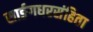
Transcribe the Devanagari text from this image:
सार्ङगधरसंहिता